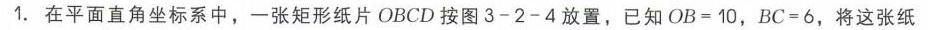
1. 在平面直角坐标系中，一张矩形纸片 \(OBCD\) 按图 \(3 - 2 - 4\) 放置，已知 \(OB = 10\)，\(BC = 6\)，将这张纸